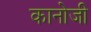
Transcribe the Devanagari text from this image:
कानोजी